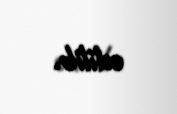
edilib.